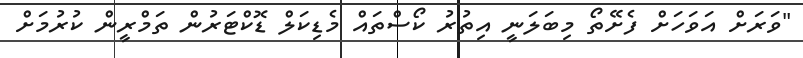
"ވަރަށް އަވަހަށް ފެށޭތޯ މިބަލަނީ އިތުރު ކޯސްތައް މެޑިކަލް ޑޮކްޓަރުން ތަމްރީން ކުރުމަށް